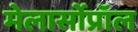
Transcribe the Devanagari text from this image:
मेलार्सोप्रॉल